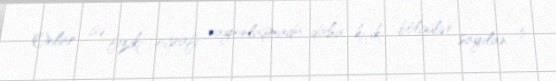
Onlar isə fiziki-coğrafi rayonlaşmada daha kiçik bölgülər sayılan 5